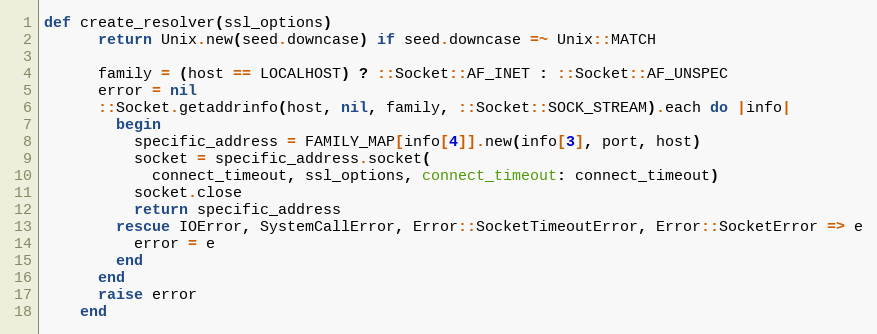
Language: Ruby
def create_resolver(ssl_options)
      return Unix.new(seed.downcase) if seed.downcase =~ Unix::MATCH

      family = (host == LOCALHOST) ? ::Socket::AF_INET : ::Socket::AF_UNSPEC
      error = nil
      ::Socket.getaddrinfo(host, nil, family, ::Socket::SOCK_STREAM).each do |info|
        begin
          specific_address = FAMILY_MAP[info[4]].new(info[3], port, host)
          socket = specific_address.socket(
            connect_timeout, ssl_options, connect_timeout: connect_timeout)
          socket.close
          return specific_address
        rescue IOError, SystemCallError, Error::SocketTimeoutError, Error::SocketError => e
          error = e
        end
      end
      raise error
    end